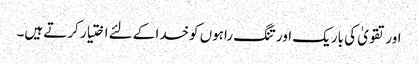
اور تقویٰ کی باریک اور تنگ راہوں کوخدا کے لئے اختیار کرتے ہیں۔